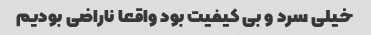
خیلی سرد و بی کیفیت بود واقعا ناراضی بودیم